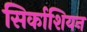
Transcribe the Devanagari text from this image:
सिर्काशियन